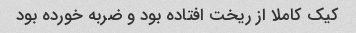
کیک کاملا از ریخت افتاده بود و ضربه خورده بود